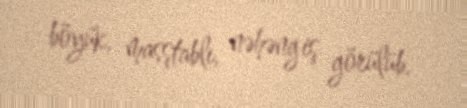
böyük, masştablı, nəhəng iş görülüb.